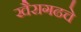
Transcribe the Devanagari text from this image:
खैरागढचे